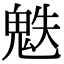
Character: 䰡